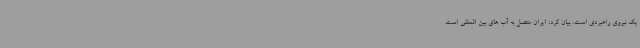
یک نیروی راهبردی است، بیان کرد: ایران متصل به آب های بین المللی است